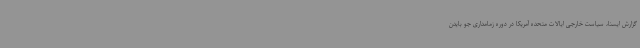
گزارش ایسنا، سیاست خارجی ایالات متحده آمریکا در دوره زمامداری جو بایدن